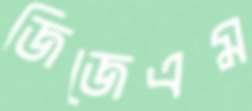
জিজেএম